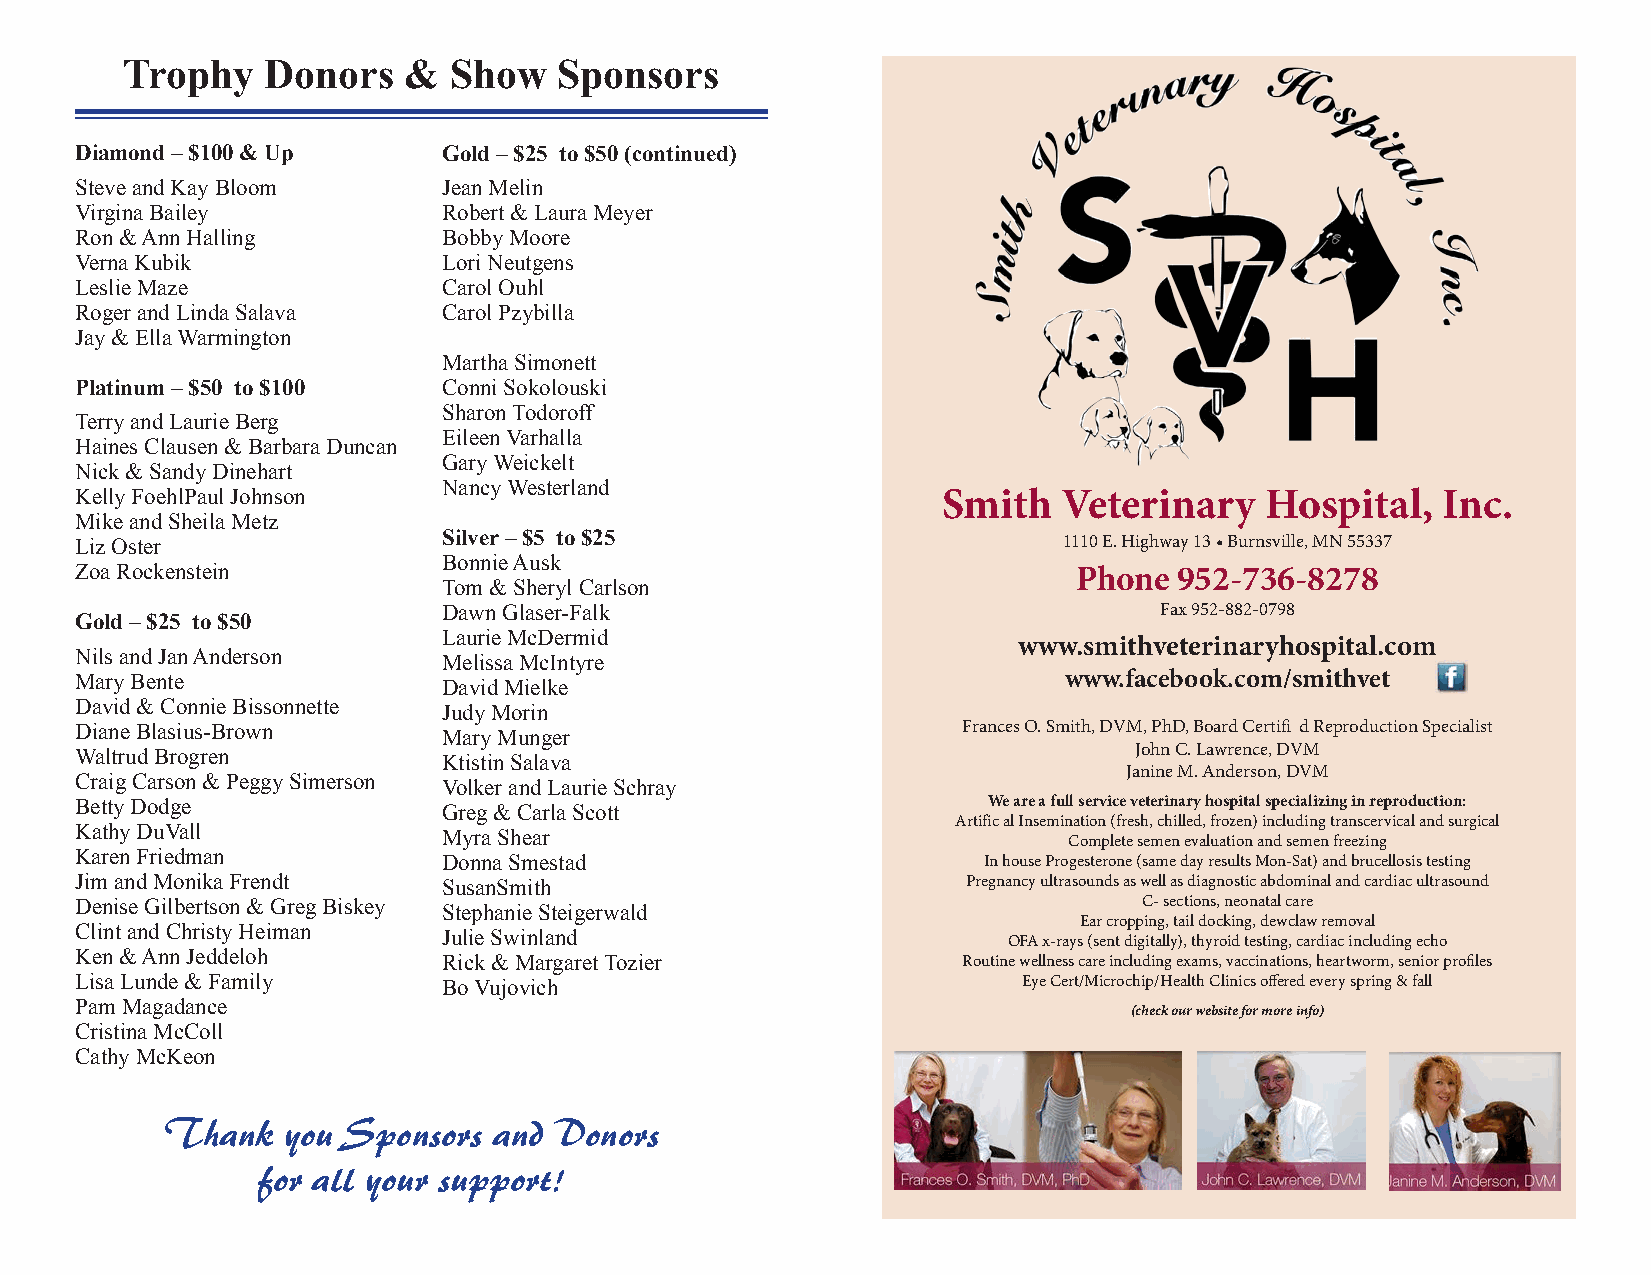
Trophy   Donors    &  Show   Sponsors
 Diamond – $100 & Up     Gold – $25 to $50 (continued)
 Steve and Kay Bloom     Jean Melin
 Virgina Bailey          Robert & Laura Meyer
 Ron & Ann Halling       Bobby Moore
 Verna Kubik             Lori Neutgens
 Leslie Maze             Carol Ouhl
 Roger and Linda Salava  Carol Pzybilla
 Jay & Ella Warmington
 Martha Simonett
 Platinum – $50 to $100  Conni Sokolouski
 Sharon Todoroff
 Terry and Laurie Berg
 Eileen Varhalla
 Haines Clausen & Barbara Duncan
 Gary Weickelt
 Nick & Sandy Dinehart
 Nancy Westerland
 Kelly FoehlPaul Johnson                                  Smith   Veterinary    Hospital,  Inc.
 Mike and Sheila Metz
 Silver – $5 to $25
 Liz Oster                                                        1110 E. Highway 13 • Burnsville, MN 55337
 Bonnie Ausk
 Zoa Rockenstein                                                   Phone  952-736-8278
 Tom & Sheryl Carlson
 Dawn Glaser-Falk                                Fax 952-882-0798
 Gold – $25 to $50
 Laurie McDermid
 www.smithveterinaryhospital.com
 Nils and Jan Anderson
 Melissa McIntyre
 Mary Bente                                                       www.facebook.com/smithvet
 David Mielke
 David & Connie Bissonnette
 Judy Morin
 Diane Blasius-Brown                                        Frances O. Smith, DVM, PhD, Board Certifi d Reproduction Specialist
 Mary Munger
 Waltrud Brogren                                                       John C. Lawrence, DVM
 Ktistin Salava
 Janine M. Anderson, DVM
 Craig Carson & Peggy Simerson
 Volker and Laurie Schray
 Betty Dodge                                                 We are a full service veterinary hospital specializing in reproduction:
 Greg & Carla Scott
 Artifical Insemination (fresh, chilled, frozen) including transcervical and surgical
 Kathy DuVall
 Myra Shear
 Complete semen evaluation and semen freezing
 Karen Friedman
 Donna Smestad                       In house Progesterone (same day results Mon-Sat) and brucellosis testing
 Jim and Monika Frendt   SusanSmith                         Pregnancy ultrasounds as well as diagnostic abdominal and cardiac ultrasound
 Denise Gilbertson & Greg Biskey                                        C- sections, neonatal care
 Stephanie Steigerwald
 Ear cropping, tail docking, dewclaw removal
 Clint and Christy Heiman
 Julie Swinland
 OFA x-rays (sent digitally), thyroid testing, cardiac including echo
 Ken & Ann Jeddeloh
 Rick & Margaret Tozier             Routine wellness care including exams, vaccinations, heartworm, senior profiles
 Lisa Lunde & Family     Bo Vujovich                            Eye Cert/Microchip/Health Clinics offered every spring & fall
 Pam Magadance
 (check our website for more info)
 Cristina McColl
 Cathy McKeon
 Thank   you Sponsors  and Donors
 for all your support!